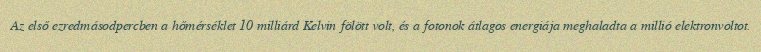
Az első ezredmásodpercben a hőmérséklet 10 milliárd Kelvin fölött volt, és a fotonok átlagos energiája meghaladta a millió elektronvoltot.